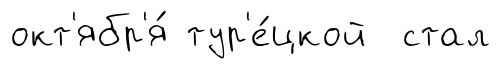
окт'ябр'я́ тур'е́цкой стал